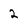
Character: 2